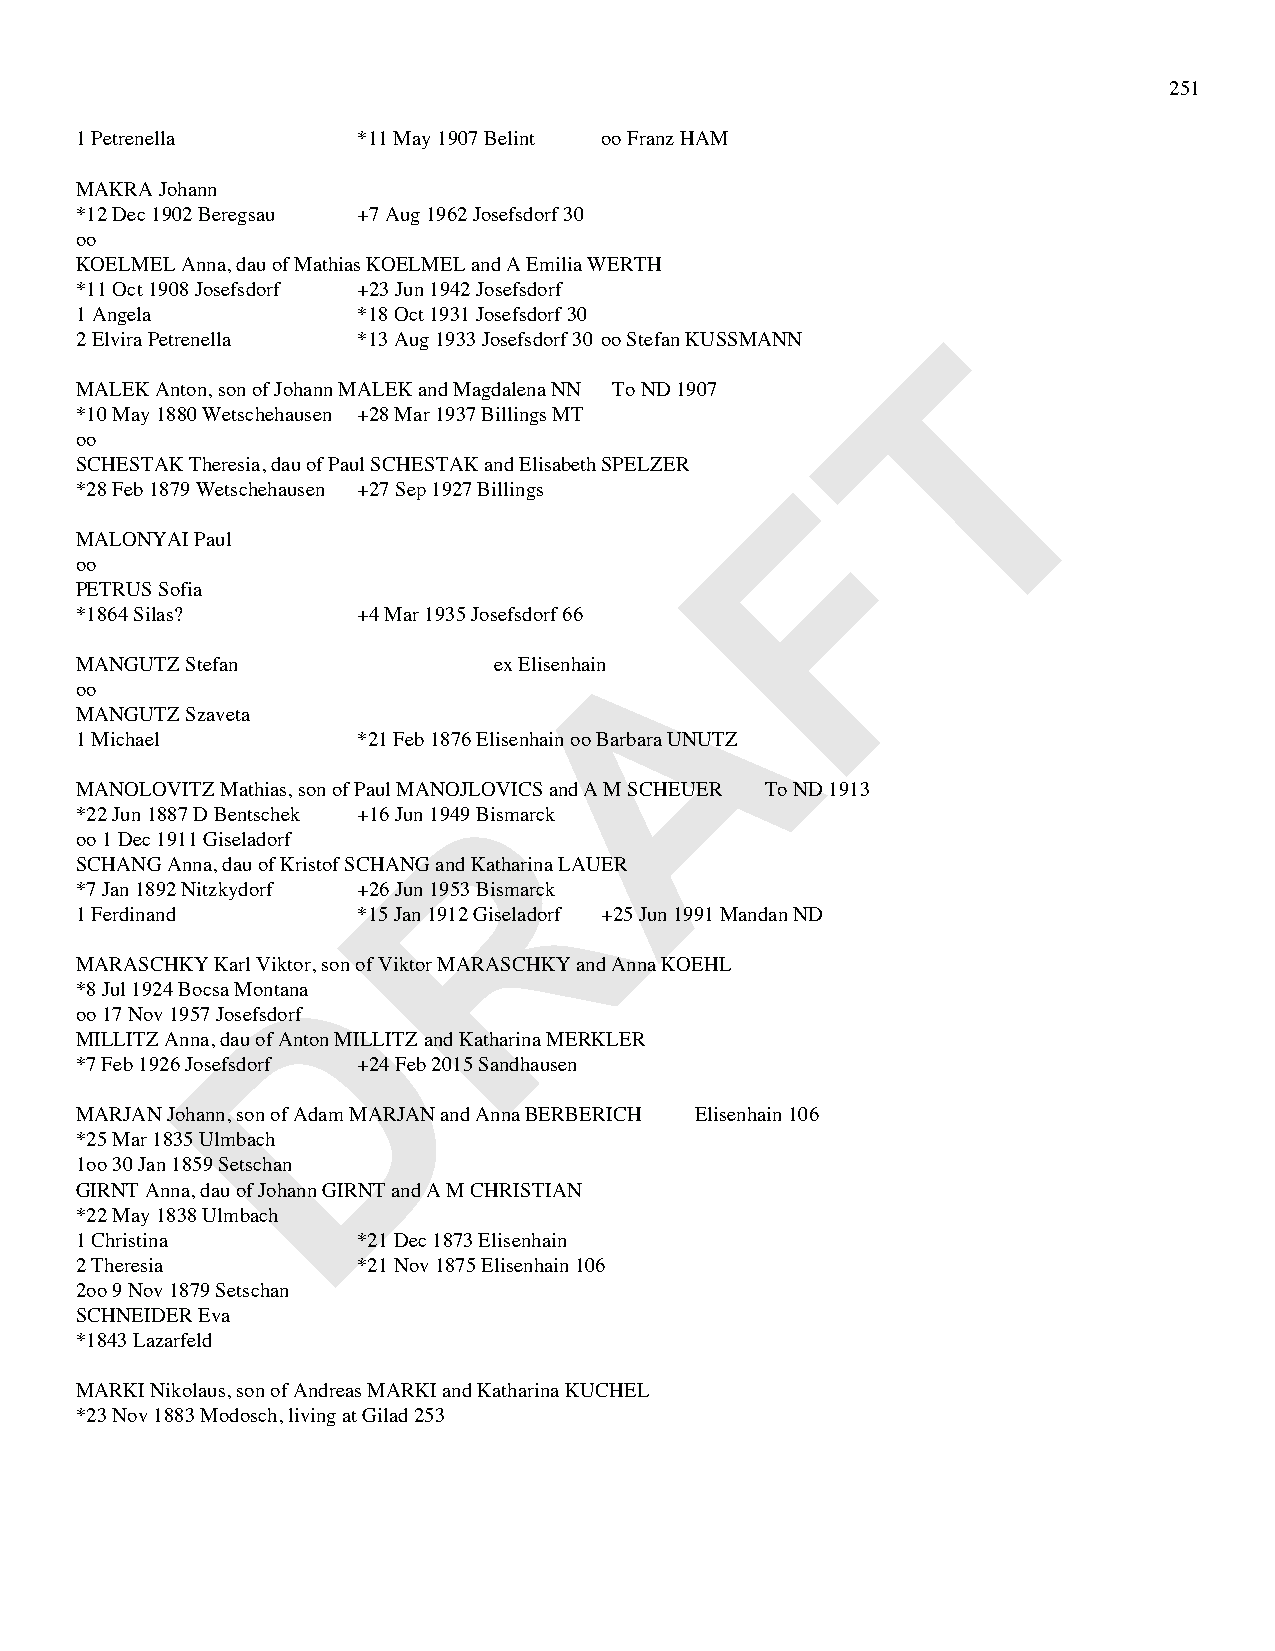
251
 1 Petrenella       *11 May 1907 Belint oo Franz HAM
 MAKRA Johann
 *12 Dec 1902 Beregsau +7 Aug 1962 Josefsdorf 30
 oo
 KOELMEL Anna, dau of Mathias KOELMEL and A Emilia WERTH
 *11 Oct 1908 Josefsdorf +23 Jun 1942 Josefsdorf
 1 Angela           *18 Oct 1931 Josefsdorf 30
 T
 2 Elvira Petrenella *13 Aug 1933 Josefsdorf 30 oo Stefan KUSSMANN
 MALEK Anton, son of Johann MALEK and Magdalena NN To ND 1907
 *10 May 1880 Wetschehausen +28 Mar 1937 Billings MT
 oo
 SCHESTAK Theresia, dau of Paul SCHESTAK and Elisabeth SPELZER F
 *28 Feb 1879 Wetschehausen +27 Sep 1927 Billings
 MALONYAI Paul
 oo
 PETRUS Sofia
 *1864 Silas?       +4 Mar 1935 Josefsdorf 66 A
 MANGUTZ Stefan              ex Elisenhain
 oo
 MANGUTZ Szaveta
 1 Michael          *21 Feb 1876 Elisenhain oo Barbara UNUTZ
 R
 MANOLOVITZ Mathias, son of Paul MANOJLOVICS and A M SCHEUER To ND 1913
 *22 Jun 1887 D Bentschek +16 Jun 1949 Bismarck
 oo 1 Dec 1911 Giseladorf
 SCHANG Anna, dau of Kristof SCHANG and Katharina LAUER
 *7 Jan 1892 Nitzkydorf +26 Jun 1953 Bismarck
 1 Ferdinand        *15 Jan 1912 Giseladorf +25 Jun 1991 Mandan ND
 D
 MARASCHKY Karl Viktor, son of Viktor MARASCHKY and Anna KOEHL
 *8 Jul 1924 Bocsa Montana
 oo 17 Nov 1957 Josefsdorf
 MILLITZ Anna, dau of Anton MILLITZ and Katharina MERKLER
 *7 Feb 1926 Josefsdorf +24 Feb 2015 Sandhausen
 MARJAN Johann, son of Adam MARJAN and Anna BERBERICH Elisenhain 106
 *25 Mar 1835 Ulmbach
 1oo 30 Jan 1859 Setschan
 GIRNT Anna, dau of Johann GIRNT and A M CHRISTIAN
 *22 May 1838 Ulmbach
 1 Christina        *21 Dec 1873 Elisenhain
 2 Theresia         *21 Nov 1875 Elisenhain 106
 2oo 9 Nov 1879 Setschan
 SCHNEIDER Eva
 *1843 Lazarfeld
 MARKI Nikolaus, son of Andreas MARKI and Katharina KUCHEL
 *23 Nov 1883 Modosch, living at Gilad 253